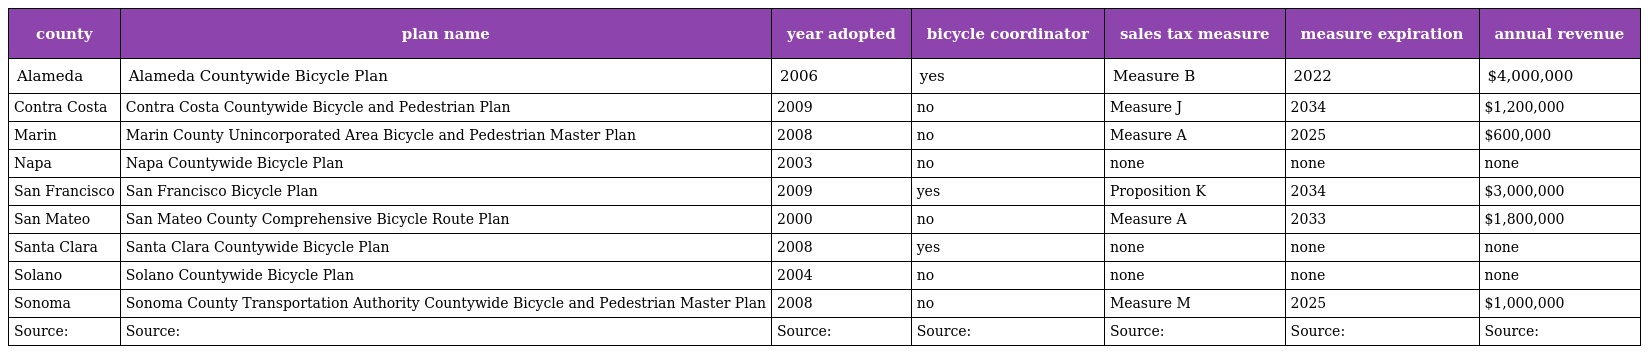
| county | plan name | year adopted | bicycle coordinator | sales tax measure | measure expiration | annual revenue |
 | --- | --- | --- | --- | --- | --- | --- |
 | Alameda | Alameda Countywide Bicycle Plan | 2006 | yes | Measure B | 2022 | $4,000,000 |
 | Contra Costa | Contra Costa Countywide Bicycle and Pedestrian Plan | 2009 | no | Measure J | 2034 | $1,200,000 |
 | Marin | Marin County Unincorporated Area Bicycle and Pedestrian Master Plan | 2008 | no | Measure A | 2025 | $600,000 |
 | Napa | Napa Countywide Bicycle Plan | 2003 | no | none | none | none |
 | San Francisco | San Francisco Bicycle Plan | 2009 | yes | Proposition K | 2034 | $3,000,000 |
 | San Mateo | San Mateo County Comprehensive Bicycle Route Plan | 2000 | no | Measure A | 2033 | $1,800,000 |
 | Santa Clara | Santa Clara Countywide Bicycle Plan | 2008 | yes | none | none | none |
 | Solano | Solano Countywide Bicycle Plan | 2004 | no | none | none | none |
 | Sonoma | Sonoma County Transportation Authority Countywide Bicycle and Pedestrian Master Plan | 2008 | no | Measure M | 2025 | $1,000,000 |
 | Source: | Source: | Source: | Source: | Source: | Source: | Source: |